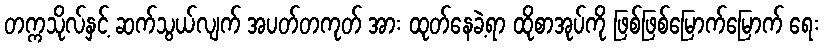
တက္ကသိုလ်နှင့် ဆက်သွယ်လျက် အပတ်တကုတ် အား ထုတ်နေခဲ့ရာ ထိုစာအုပ်ကို ဖြစ်ဖြစ်မြောက်မြောက် ရေး